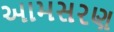
આમસરણ